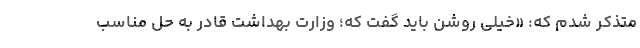
متذکر شدم که: «خیلی روشن باید گفت که؛ وزارت بهداشت قادر به حل مناسب